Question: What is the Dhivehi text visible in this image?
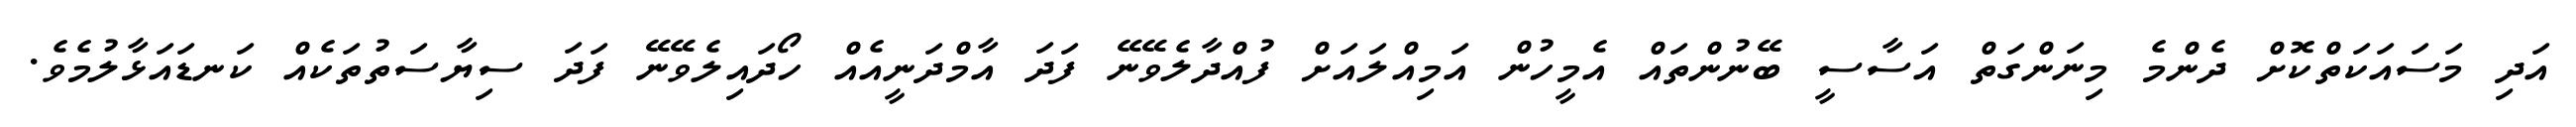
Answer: އަދި މަސައަކަތްކޮށް ދެންމެ މިނަންގަތް އަސާސީ ބޭނުންތައް އެމީހުން އަމިއްލައަށް ފުއްދާލެވޭނޭ ފަދަ އާމްދަނީއެއް ހޯދައިލެވޭނޭ ފަދަ ސިޔާސަތުތަކެއް ކަނޑައަޅާލުމެވެ.